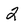
Character: 2